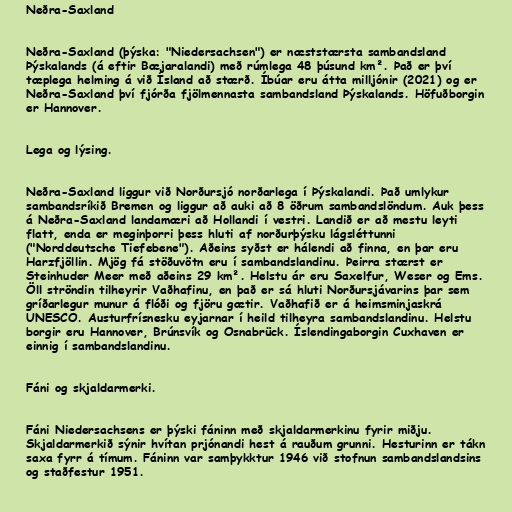
Neðra-Saxland

Neðra-Saxland (þýska: "Niedersachsen") er næststærsta sambandsland
Þýskalands (á eftir Bæjaralandi) með rúmlega 48 þúsund km². Það er því
tæplega helming á við Ísland að stærð. Íbúar eru átta milljónir (2021) og er
Neðra-Saxland því fjórða fjölmennasta sambandsland Þýskalands. Höfuðborgin
er Hannover.

Lega og lýsing.

Neðra-Saxland liggur við Norðursjó norðarlega í Þýskalandi. Það umlykur
sambandsríkið Bremen og liggur að auki að 8 öðrum sambandslöndum. Auk þess
á Neðra-Saxland landamæri að Hollandi í vestri. Landið er að mestu leyti
flatt, enda er meginþorri þess hluti af norðurþýsku lágsléttunni
("Norddeutsche Tiefebene"). Aðeins syðst er hálendi að finna, en þar eru
Harzfjöllin. Mjög fá stöðuvötn eru í sambandslandinu. Þeirra stærst er
Steinhuder Meer með aðeins 29 km². Helstu ár eru Saxelfur, Weser og Ems.
Öll ströndin tilheyrir Vaðhafinu, en það er sá hluti Norðursjávarins þar sem
gríðarlegur munur á flóði og fjöru gætir. Vaðhafið er á heimsminjaskrá
UNESCO. Austurfrísnesku eyjarnar í heild tilheyra sambandslandinu. Helstu
borgir eru Hannover, Brúnsvík og Osnabrück. Íslendingaborgin Cuxhaven er
einnig í sambandslandinu.

Fáni og skjaldarmerki.

Fáni Niedersachsens er þýski fáninn með skjaldarmerkinu fyrir miðju.
Skjaldarmerkið sýnir hvítan prjónandi hest á rauðum grunni. Hesturinn er tákn
saxa fyrr á tímum. Fáninn var samþykktur 1946 við stofnun sambandslandsins
og staðfestur 1951.